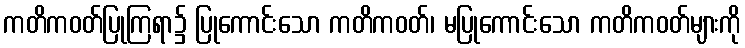
ကတိကဝတ်ပြုကြရာ၌ ပြုကောင်းသော ကတိကဝတ်၊ မပြုကောင်းသော ကတိကဝတ်များကို